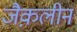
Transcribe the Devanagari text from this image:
जैक़लीन